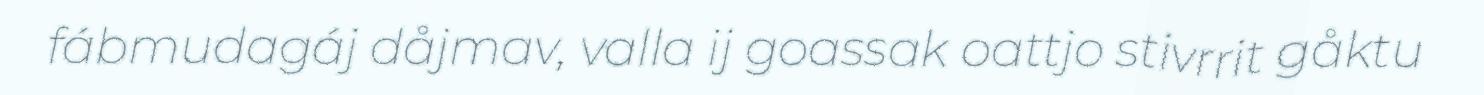
fábmudagáj dåjmav, valla ij goassak oattjo stivrrit gåktu